Vaccination in the Punjab 1897-1904 - 1897-1904
Year: 1897
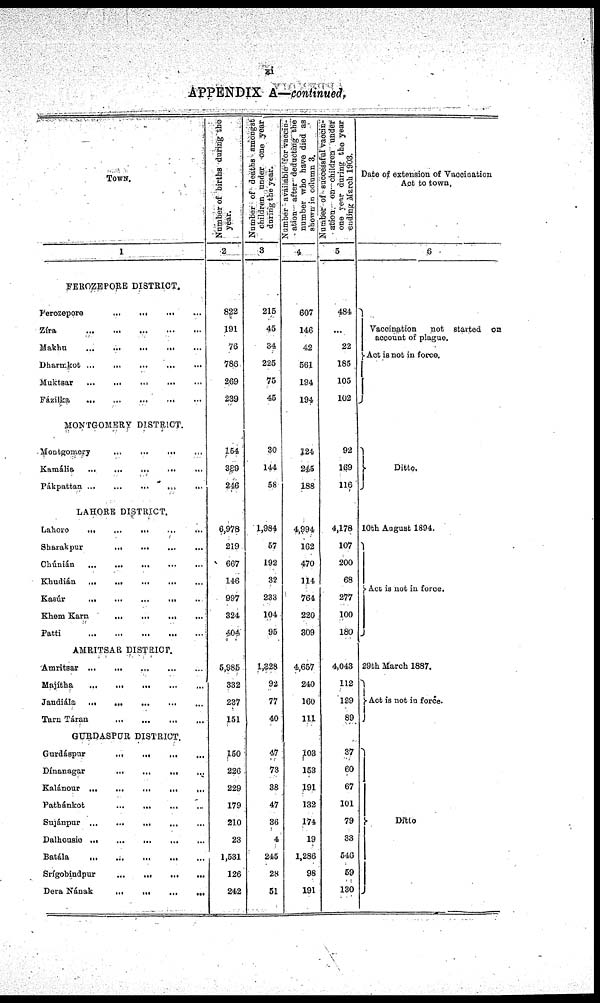
xi
APPENDIX A—continued.
TOWN.
1
FEROZEPORE DISTRICT.
Ferozepore
...
...
...
...
...
Zíra
...
...
...
...
...
Makhu
...
...
...
...
...
Dharmkot ... ... ... ... ...
Muktsar ... ... ... ... ...
Fázilka
...
...
...
...
...
MONTGOMERY DISTRICT.
Montgomery ... ... ... ... ...
Kamália ... ... ... ... ...
Pákpattan
...
...
...
...
...
LAHORE DISTRICT.
Lahore ... ... ... ... ...
Sharakpur ... ... ... ... ...
Chúnián
...
...
...
...
...
Khudián ... ... ... ... ...
Kasúr
...
...
...
...
...
Khem Karn
...
...
...
...
...
Patti ... ... ... ... ...
AMRITSAR DISTRICT.
Amritsar
...
...
...
...
...
Majítha
...
...
...
...
...
Jandiála ... ... ... ... ...
Tarn Táran
...
...
...
...
...
GURDASPUR DISTRICT.
Gurdáspur ... ... ... ... ...
Dínanagar
...
...
...
...
...
Kalánour ... ... ... ... ...
Pathánkot ... ... ... ... ...
Sujánpur ... ... ... ... ...
Dalhousie
...
...
...
...
...
Batála
...
...
...
...
...
Srígobindpur
...
...
...
...
...
Dera Nának
...
...
...
...
...
Number of births during the
year.
2
822
191
76
786
269
239
154
389
246
6,978
219
667
146
997
324
404
5,985
332
237
151
150
226
229
179
210
23
1,531
126
242
Number of deaths amongst
children under one year
during the year.
3
215
45
34
225
75
45
30
144
58
1,984
57
192
32
233
104
95
1,328
92
77
40
47
73
38
47
36
4
245
28
51
Number available for vaccin-
ation after deducting the
number who have died as
shown in column 3.
4
607
146
42
561
194
194
124
245
188
4,994
162
470
114
764
220
309
4,657
240
160
111
103
153
191
132
174
19
1,286
98
191
Number of successful vaccin¬
ation on children under
one year during the year
ending March 1903.
5
484
...
22
185
105
102
92
169
116
4,178
107
200
68
277
100
180
4,043
112
129
89
37
60
67
101
79
33
546
59
130
Date of extension of Vaccination
Act to town.
6
Vaccination
not started on
account of plague.
Act is not in force.
Ditto.
10th August 1894.
Act is not in force.
29th March 1887.
Act is not in force.
Ditto.